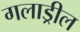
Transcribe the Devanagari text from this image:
गलाड्रील